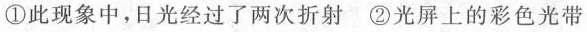
①此现象中，日光经过了两次折射 ②光屏上的彩色光带